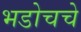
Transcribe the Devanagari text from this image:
भडोचचे